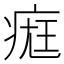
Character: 𤷀